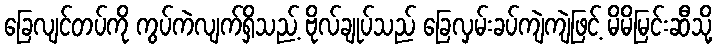
ခြေလျင်တပ်ကို ကွပ်ကဲလျက်ရှိသည့် ဗိုလ်ချုပ်သည် ခြေလှမ်းခပ်ကျဲကျဲဖြင့် မိမိမြင်းဆီသို့